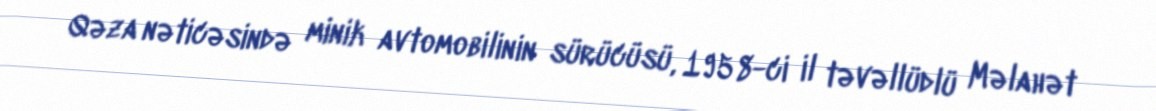
Qəza nəticəsində minik avtomobilinin sürücüsü, 1958-ci il təvəllüdlü Məlahət